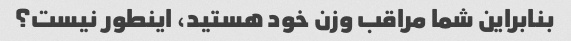
بنابراین شما مراقب وزن خود هستید، اینطور نیست؟